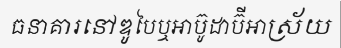
ធនាគារនៅឌូបៃឬអាប៊ូដាប៊ីអាស្រ័យ